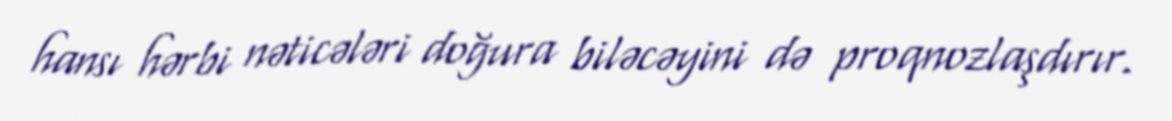
hansı hərbi nəticələri doğura biləcəyini də proqnozlaşdırır.